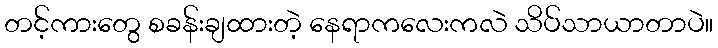
တင့်ကားတွေ စခန်းချထားတဲ့ နေရာကလေးကလဲ သိပ်သာယာတာပဲ။